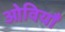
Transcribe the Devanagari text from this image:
ओवियाँ